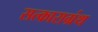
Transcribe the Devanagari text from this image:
सत्काराग्रंथ